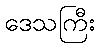
ဒေသကြီး